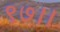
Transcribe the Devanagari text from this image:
९७।।